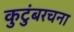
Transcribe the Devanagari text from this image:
कुटुंबरचना